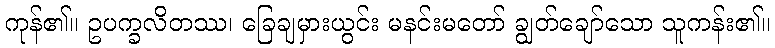
ကုန်၏။ ဥပက္ခလိတဿ၊ ခြေချမှားယွင်း မနင်းမတော် ချွတ်ချော်သော သူကန်း၏။